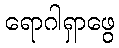
ရောဂါရှာဖွေ